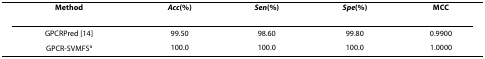
<table><thead><tr><td><b>Method</b></td><td><b><i>Acc</i>(%)</b></td><td><b><i>Sen</i>(%)</b></td><td><b><i>Spe</i>(%)</b></td><td><b>MCC</b></td></tr></thead><tbody><tr><td>GPCRPred [14]</td><td>99.50</td><td>98.60</td><td>99.80</td><td>0.9900</td></tr><tr><td>GPCR-SVMFS<sup>a</sup></td><td>100.0</td><td>100.0</td><td>100.0</td><td>1.0000</td></tr></tbody></table>